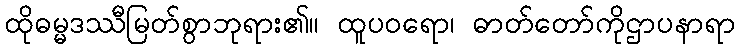
ထိုဓမ္မဒဿီမြတ်စွာဘုရား၏။ ထူပဝရော၊ ဓာတ်တော်ကိုဌာပနာရာ